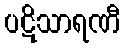
ပဋိသာရဏီ